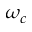
\omega _ { c }